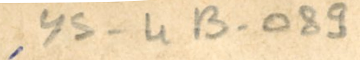
ys-4B-089